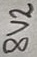
Text: 8V2